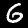
Digit: 6